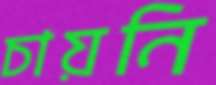
চায়নি